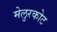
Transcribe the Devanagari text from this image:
मेलुरकोट